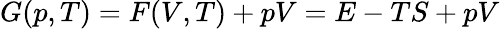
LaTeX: G(p,T)=F(V,T)+pV=E-TS+pV